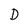
Character: D